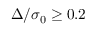
\Delta / \sigma _ { 0 } \ge 0 . 2